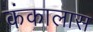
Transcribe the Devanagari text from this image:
कंकालास